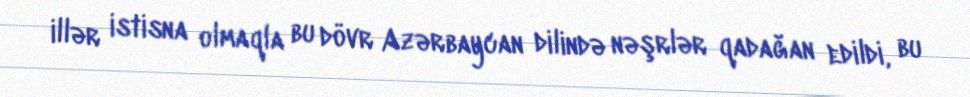
illər istisna olmaqla bu dövr Azərbaycan dilində nəşrlər qadağan edildi, bu